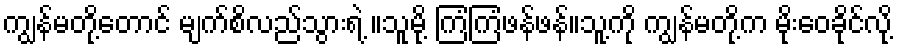
ကျွန်မတို့တောင် မျက်စိလည်သွားရဲ့ ။သူမို့ ကြံကြံဖန်ဖန်။သူ့ကို ကျွန်မတို့က မိုးဝေခိုင်လို့